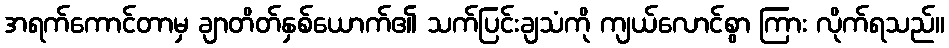
အရက်ကောင်တာမှ ချာတိတ်နှစ်ယောက်၏ သက်ပြင်းချသံကို ကျယ်လောင်စွာ ကြား လိုက်ရသည်။